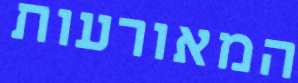
המאורעות